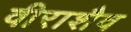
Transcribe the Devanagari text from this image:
वीराशैव